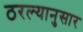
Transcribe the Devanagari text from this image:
ठरल्यानुसार